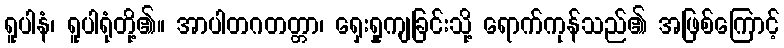
ရူပါနံ၊ ရူပါရုံတို့၏။ အာပါတဂတတ္တာ၊ ရှေးရှုကျခြင်းသို့ ရောက်ကုန်သည်၏ အဖြစ်ကြောင့်